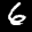
Label: 6